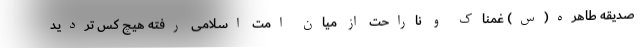
صدیقه طاهره(س) غمناک و ناراحت از میان امت اسلامی رفته هیچ کس تردید